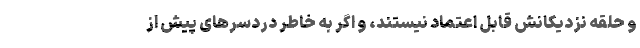
و حلقه نزدیکانش قابل اعتماد نیستند، و اگر به خاطر دردسرهای پیش از